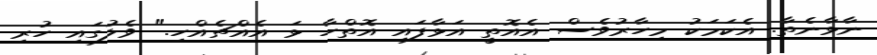
ނާޅާނެތާ. އެކަމަކު މިހާރުވެސް އެއޮތީ އަޅާފައި އޮތްހާ ޅަ އެއްޗެއްހި." ވެލުގައި ހުރި